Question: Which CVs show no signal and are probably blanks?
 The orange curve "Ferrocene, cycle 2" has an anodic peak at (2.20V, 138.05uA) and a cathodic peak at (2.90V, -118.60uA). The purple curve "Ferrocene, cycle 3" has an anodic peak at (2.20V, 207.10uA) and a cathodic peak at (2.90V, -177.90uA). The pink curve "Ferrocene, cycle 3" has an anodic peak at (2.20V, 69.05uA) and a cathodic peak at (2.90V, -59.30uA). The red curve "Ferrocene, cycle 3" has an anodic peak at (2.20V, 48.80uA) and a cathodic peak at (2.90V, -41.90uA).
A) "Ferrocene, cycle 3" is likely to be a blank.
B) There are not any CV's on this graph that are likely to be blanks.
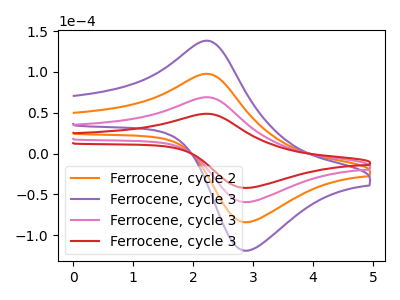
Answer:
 <answer>B) There are not any CV's on this graph that are likely to be blanks.</answer>
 <eval>B</eval>